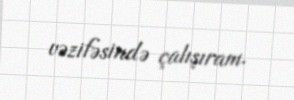
vəzifəsində çalışıram.